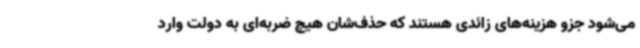
می‌شود جزو هزینه‌های زائدی هستند که حذف‌شان هیچ ضربه‌ای به دولت وارد